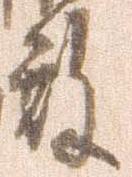
殿